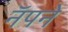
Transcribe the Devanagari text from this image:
नॅपने